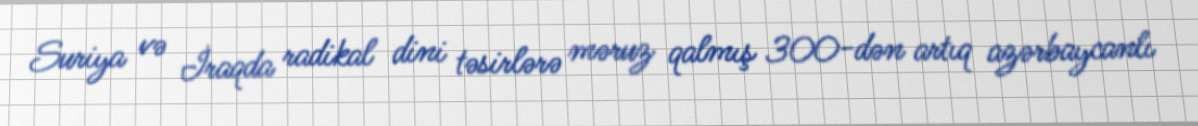
Suriya və İraqda radikal dini təsirlərə məruz qalmış 300-dən artıq azərbaycanlı